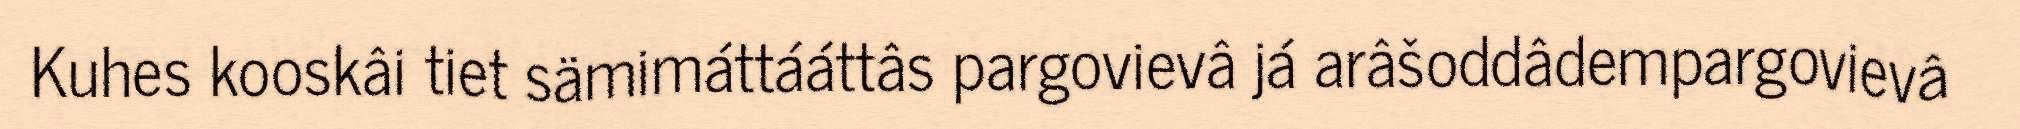
Kuhes kooskâi tiet sämimáttááttâs pargovievâ já arâšoddâdempargovievâ